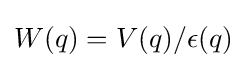
W(q)=V(q)/\epsilon (q)